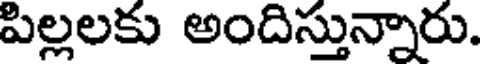
పిల్లలకు అందిస్తున్నారు.